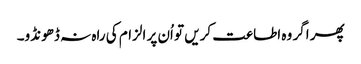
پھر اگر وہ اطاعت کریں تو اُن پر الزام کی راہ نہ ڈھونڈو۔